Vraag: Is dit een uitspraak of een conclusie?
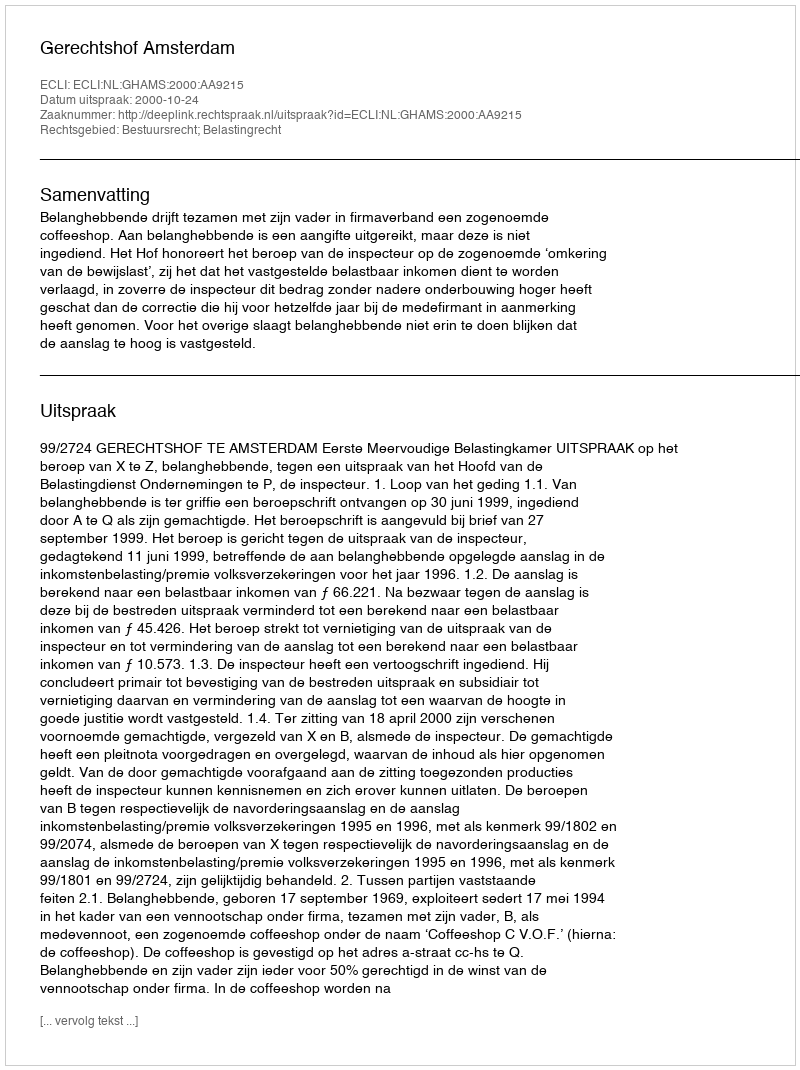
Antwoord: Uitspraak